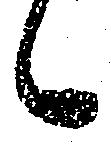
候